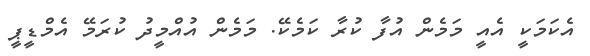
އެކަމަކީ އެއީ މަމެން އުފާ ކުރާ ކަމެކޭ. މަމެން އުއްމީދު ކުރަމޭ އެމްޑީޕީ